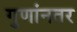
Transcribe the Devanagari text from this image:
गुणांनतर